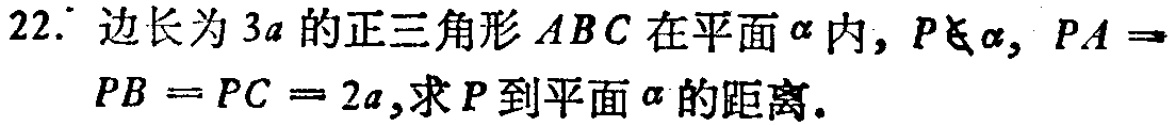
22. 边长为\(3a\)的正三角形\(ABC\)在平面\(\alpha\)内，\(P\notin\alpha\)，\(PA = PB = PC = 2a\)，求\(P\)到平面\(\alpha\)的距离。